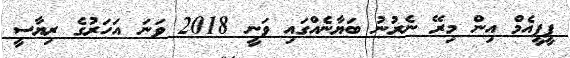
ޕީޕީއެމް އިން މިރޭ ނެރުނު ބަޔާނެއްގައި ވަނީ 2018 ވަނަ އަހަރުގެ ރިޔާސީ